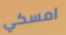
امسكي